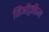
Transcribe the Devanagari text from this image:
जिऑट्रापिज्म